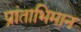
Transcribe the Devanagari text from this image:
प्रांताभिमान